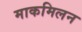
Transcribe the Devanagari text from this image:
माकमिलन